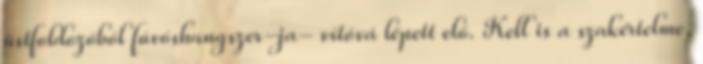
üstfoldozóból fúvóshangszer-ja- vítóvá lépett elő. Kell is a szakértelme,